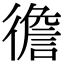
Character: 𢕻